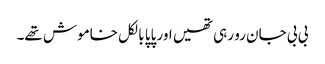
بی بی جان رو رہی تھیں اور پاپا بالکل خاموش تھے۔